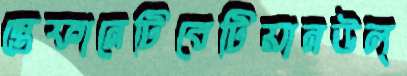
স্তেফানেটিবেটিয়ানউল্